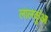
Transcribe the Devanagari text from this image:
लालकुंआ